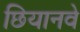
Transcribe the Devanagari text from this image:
छियानवे